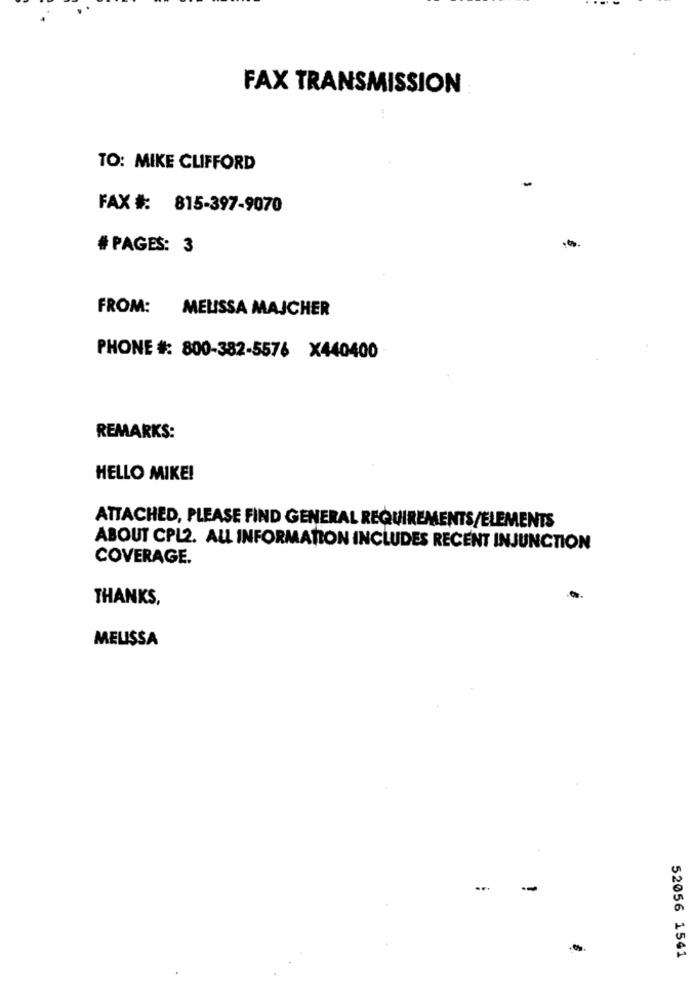
FAX TRANSMISSION
TO: MIKE CLIFFORD
FAX #: 815-397-9070
# PAGES: 3
FROM:
MELISSA MAJCHER
PHONE #: 800-382-5576 X440400
REMARKS:
HELLO MIKE!
ATTACHED, PLEASE FIND GENERAL REQUIREMENTS/ELEMENTS
ABOUT CPL2. ALL INFORMATION INCLUDES RECENT INJUNCTION
COVERAGE.
THANKS,
MELISSA
...
52056 1541